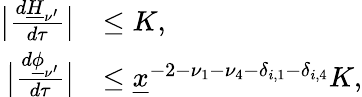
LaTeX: \begin{array}{rl}{\big\vert\frac{d\underline{H}_{\mathbf\nu^{\prime}}}{d\tau}\big\vert}&{\le K,}\\ {\big\vert\frac{d\underline{\phi}_{\mathbf\nu^{\prime}}}{d\tau}\big\vert}&{\le\underline{x}^{-2-\nu_{1}-\nu_{4}-\delta_{i,1}-\delta_{i,4}}K,}\end{array}